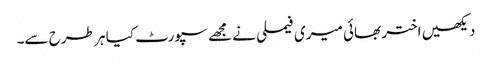
دیکھیں اختر بھائی میری فیملی نے مجھے سپورٹ کیا ہر طرح سے۔